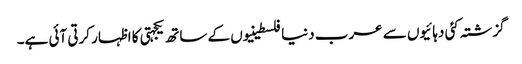
گزشتہ کئی دہائیوں سے عرب دنیا فلسطینیوں کے ساتھ یکجہتی کا اظہار کرتی آئی ہے۔